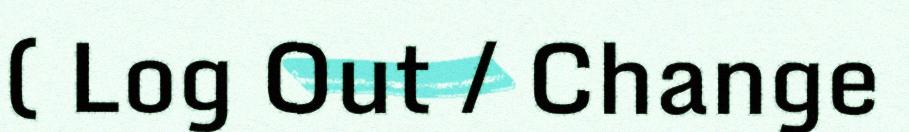
( Log Out / Change